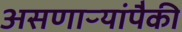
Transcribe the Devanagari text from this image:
असणाऱ्यांपैकी